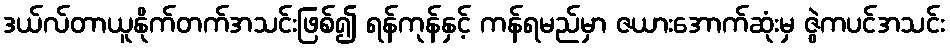
ဒယ်လ်တာယူနိုက်တက်အသင်းဖြစ်၍ ရန်ကုန်နှင့် ကန်ရမည်မှာ ဇယားအောက်ဆုံးမှ ဇွဲကပင်အသင်း